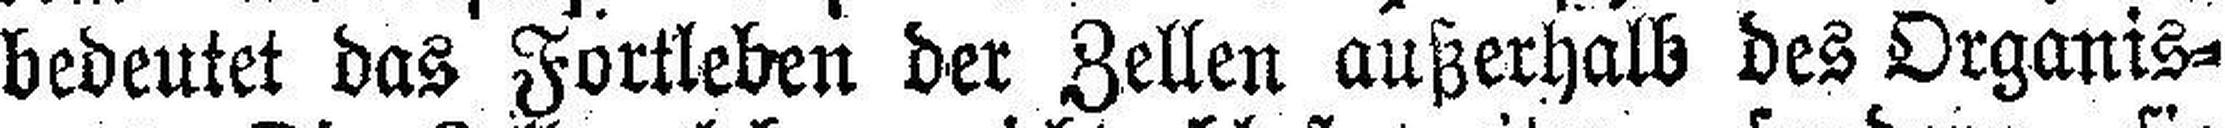
bedeutet das Fortleben der Zellen außerhalb des Organis¬